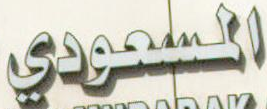
المسعودي